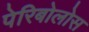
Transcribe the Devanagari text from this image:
पेरिबोलोस